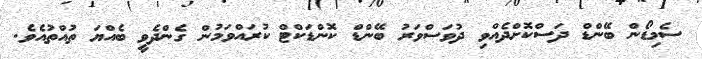
ސެމިޑޯން ބޭންޑް ދަސްކޮށްދެއްވި ދުވަސްވަރު ބޭންޑް ކޮންޑަކްޓް ކުރައްވަމުން ގެންދެވީ ބެއްޔަ ތުއްތުއެވެ.